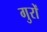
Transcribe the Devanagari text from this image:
गुरों